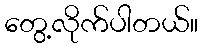
တွေ့လိုက်ပါတယ်။